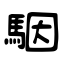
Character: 駰